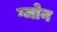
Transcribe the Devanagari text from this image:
ग्जोन